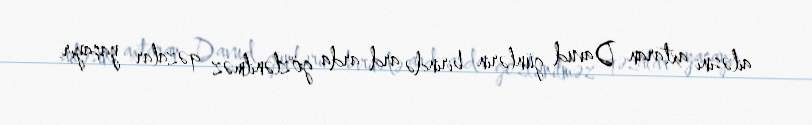
ailəsini axtaran Davud günlərin birində ard-arda gözlənilməz qəzalar yaşayır.